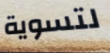
لتسوية